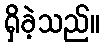
ရှိခဲ့သည်။